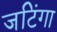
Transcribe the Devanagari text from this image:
जटिंगा